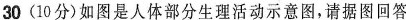
30(10分)如图是人体部分生理活动示意图，请据图回答